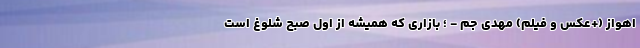
اهواز (+عکس و فیلم) مهدی جم - ؛ بازاری که همیشه از اول صبح شلوغ است